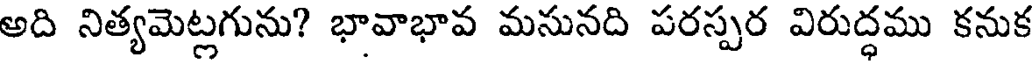
అది నిత్యమెట్లగును? భావాభావ మసునది పరస్పర విరుద్ధము కనుక